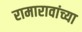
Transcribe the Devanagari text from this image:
रामारावांच्या